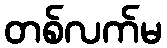
တစ်လက်မ